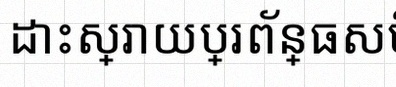
ដោះស្រាយប្រព័ន្ធសមីការ